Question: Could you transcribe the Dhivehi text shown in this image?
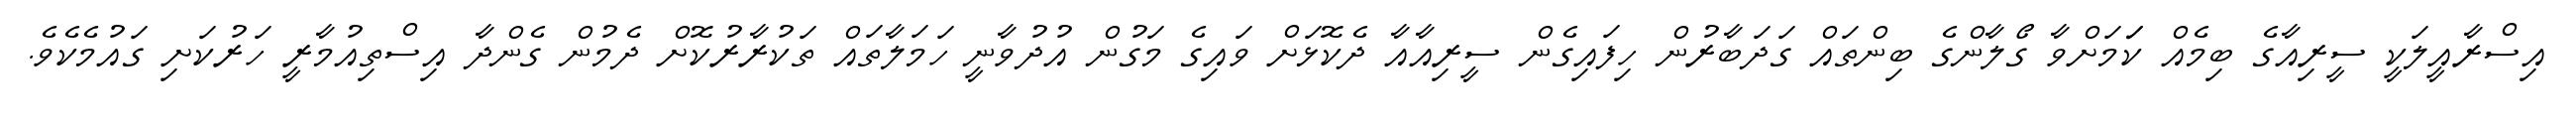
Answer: އިސްރާއީލަކީ ސީރިއާގެ ބިމެއް ކަަމަށްވާ ގޯލާންގެ ބިންތައް ގަދަބާރުން ހިފައިގެން ސީރިއާއާ ދެކޮޅަށް ވައިގެ މަގުން އުދުވާނީ ހަމަލާތައް ތަކުރާރުކޮށް ދެމުން ގެންދާ އިސްތިއުމާރީ ހަރުކަށި ގައުމެކެވެ.